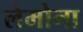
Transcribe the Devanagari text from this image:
लेमोना